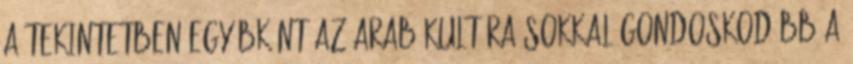
a tekintetben egyébként az arab kultúra sokkal gondoskodóbb a